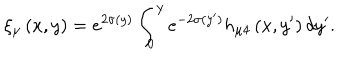
\xi _ { \mu } \left( x , y \right) = e ^ { 2 \sigma ( y ) } \int _ { 0 } ^ { y } e ^ { - 2 \sigma ( y ^ { \prime } ) } h _ { \mu 4 } \left( x , y ^ { \prime } \right) d y ^ { \prime } .